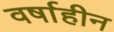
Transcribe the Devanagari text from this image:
वर्षाहीन